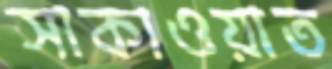
সাকাওয়াত